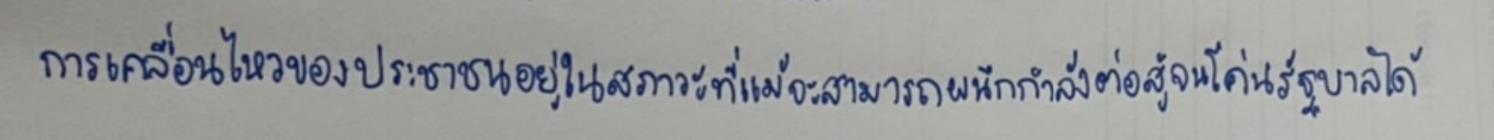
การเคลื่อนไหวของประชาชนอยู่ในสภาวะที่แม้จะสามารถผนึกกำลังต่อสู้จนโค่นรัฐบาลได้